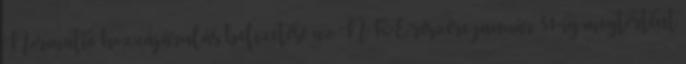
Normatív hozzájárulás befizetése az NKE részére január 31-ig megtörtént